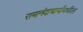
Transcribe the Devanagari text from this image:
रामानंदाचार्यांमधील